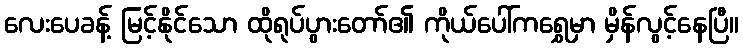
လေးပေခန့် မြင့်နိုင်သော ထိုရုပ်ပွားတော်၏ ကိုယ်ပေါ်ကရွှေမှာ မှိန်လွင့်နေပြီ။